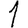
Digit: 1